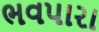
ભવપારા